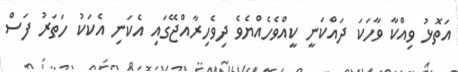
އަތޮޅު ވިއްކާ ވާހަކަ ދައްކަނީ ކީއްވެހެއްޔެވެ ދިވެހިރާއްޖޭގައި އެކަނި އެކަކު ހަތަރު ފަސް